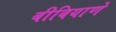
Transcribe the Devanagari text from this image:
बीबियाणे